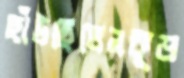
ছাঁটছিলেনকুড়